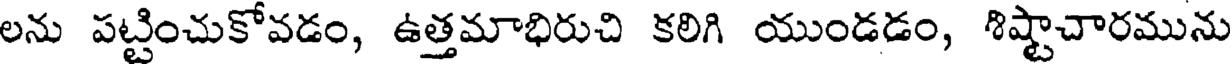
లను పట్టించుకోవడం, ఉత్తమాభిరుచి కలిగి యుండడం, శిష్టాచారమును